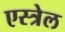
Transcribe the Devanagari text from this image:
एस्त्रेल